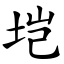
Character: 垲